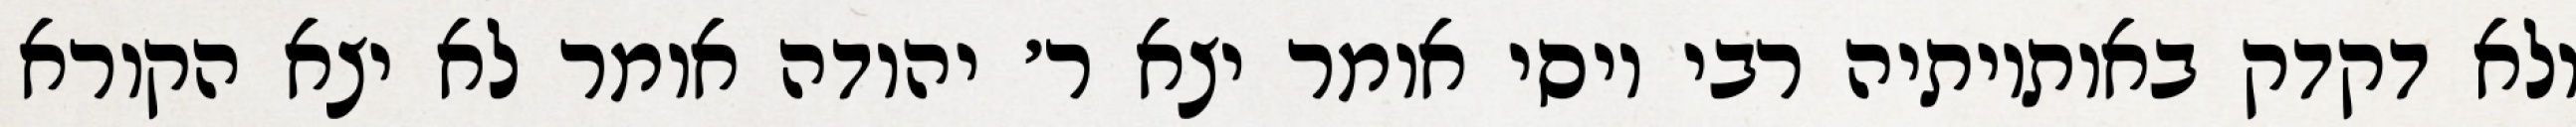
ולא דקדק באותיותיה רבי יוסי אומר יצא ר׳ יהודה אומר לא יצא הקורא